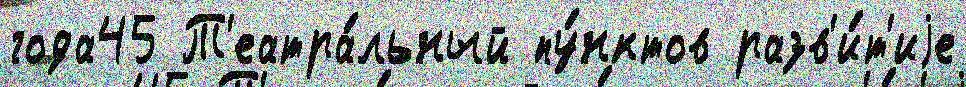
года45 Т'еатра́льный пу́нктов разв'и́т'иjе